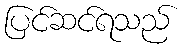
ပြင်ဆင်ရသည်